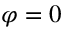
\varphi = 0